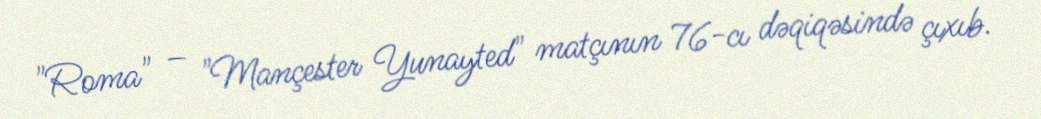
"Roma" – "Mançester Yunayted" matçının 76-cı dəqiqəsində çıxıb.